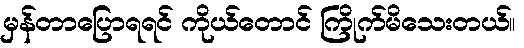
မှန်တာပြောရရင် ကိုယ်တောင် ကြိုက်မိသေးတယ်။